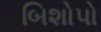
બિશોપો